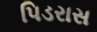
પિડરાસ